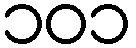
၁၀၁